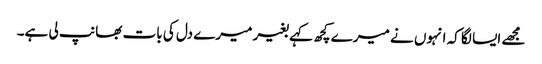
مجھے ایسا لگا کہ انہوں نے میرے کچھ کہے بغیر میرے دل کی بات بھانپ لی ہے۔